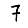
Digit: 7